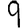
Digit: 9